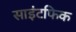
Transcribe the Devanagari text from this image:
साइंटफिक